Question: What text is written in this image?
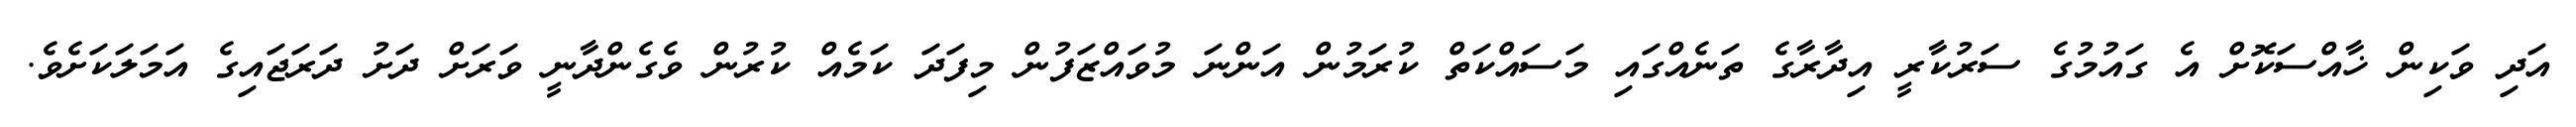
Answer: އަދި ވަކިން ޚާއްސަކޮށް އެ ގައުމުގެ ސަރުކާރީ އިދާރާގެ ތަނެއްގައި މަސައްކަތް ކުރަމުން އަންނަ މުވައްޒަފުން މިފަދަ ކަމެއް ކުރުން ވެގެންދާނީ ވަރަށް ދަށު ދަރަޖައިގެ އަމަލަކަށެވެ.